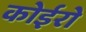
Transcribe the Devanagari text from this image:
कोईरो